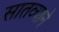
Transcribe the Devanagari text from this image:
सातव्याने